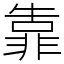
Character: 靠